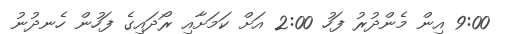
9:00 އިން މެންދުރު ފަހު 2:00 އަށް ކަމަށާއި ރޯދައިގެ ފަހުން ހެނދުނު